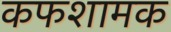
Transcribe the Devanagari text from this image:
कफशामक